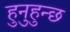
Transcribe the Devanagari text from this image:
हुनुहुन्छ